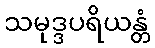
သမုဒ္ဒပရိယန္တံ